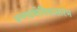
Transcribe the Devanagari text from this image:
जननग्रंथीविकासारंभ